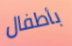
بأطفال